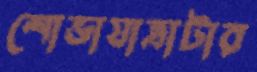
শোভাযাত্রাটার